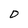
Character: D